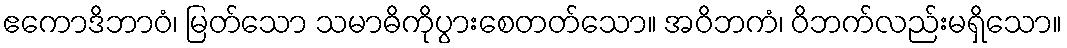
ဧကောဒိဘာဝံ၊ မြတ်သော သမာဓိကိုပွားစေတတ်သော။ အဝိဘကံ၊ ဝိဘက်လည်းမရှိသော။